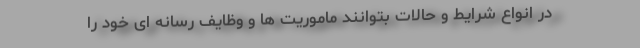
در انواع شرایط و حالات بتوانند ماموریت ها و وظایف رسانه ای خود را